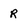
Character: R